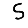
Digit: 5